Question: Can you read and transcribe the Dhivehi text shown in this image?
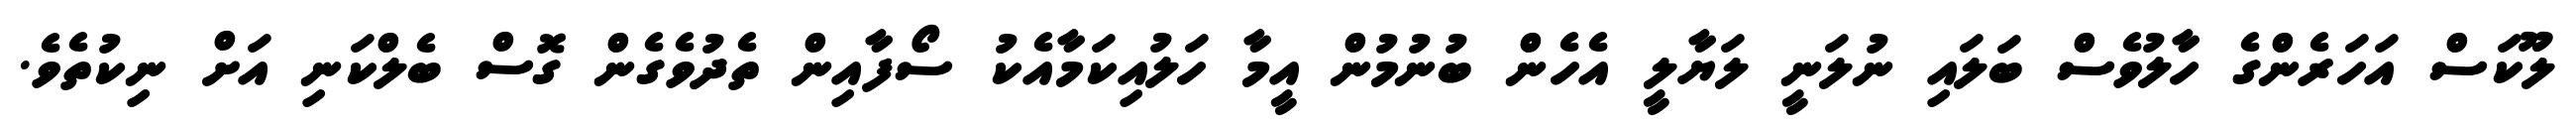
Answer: ލޫކަސް އަހަރެންގެ ހާލުވެސް ބަލައި ނުލަނީ ލަޔާލީ އެހެން ބުނުމުން އީމާ ހަލުއިކަމާއެކު ސޯފާއިން ތެދުވެގެން ގޮސް ބެލްކަނި އަށް ނިކުތެވެ.